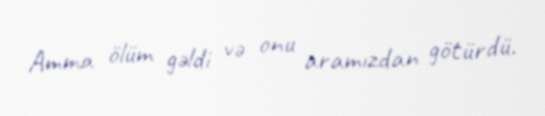
Amma ölüm gəldi və onu aramızdan götürdü.